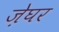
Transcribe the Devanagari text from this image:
ज़ेघर